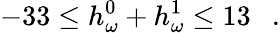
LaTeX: -33\le h_{\omega}^{0}+h_{\omega}^{1}\le 13\ \ \ .